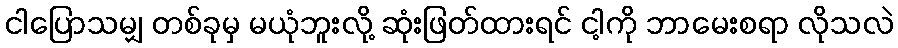
ငါပြောသမျှ တစ်ခုမှ မယုံဘူးလို့ ဆုံးဖြတ်ထားရင် ငါ့ကို ဘာမေးစရာ လိုသလဲ